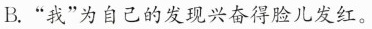
B.”我”为自己的发现兴奋得脸儿发红。